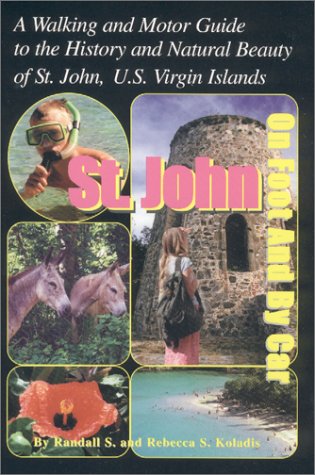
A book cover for St. John On Foot And By Car; Rebecca S. Koladis; Travel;